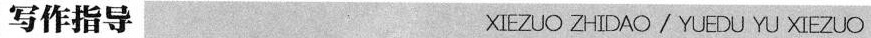
写作指导 XIEZUO ZHIDAO/YUEDU YU XIEZUO